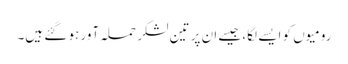
رومیوں کو ایسے لگا، جیسے ان پر تین لشکر حملہ آور ہو گئے ہیں۔